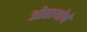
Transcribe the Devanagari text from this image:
ओहायोचे